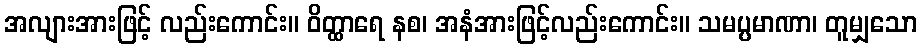
အလျားအားဖြင့် လည်းကောင်း။ ဝိတ္ထာရေ နစ၊ အနံအားဖြင့်လည်းကောင်း။ သမပ္ပမာဏာ၊ တူမျှသော